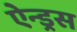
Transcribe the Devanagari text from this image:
ऐन्ड्रस